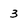
Character: 3